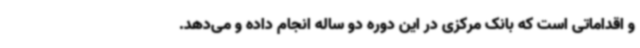
و اقداماتی است که بانک مرکزی در این دوره دو ساله انجام داده و می‌دهد.